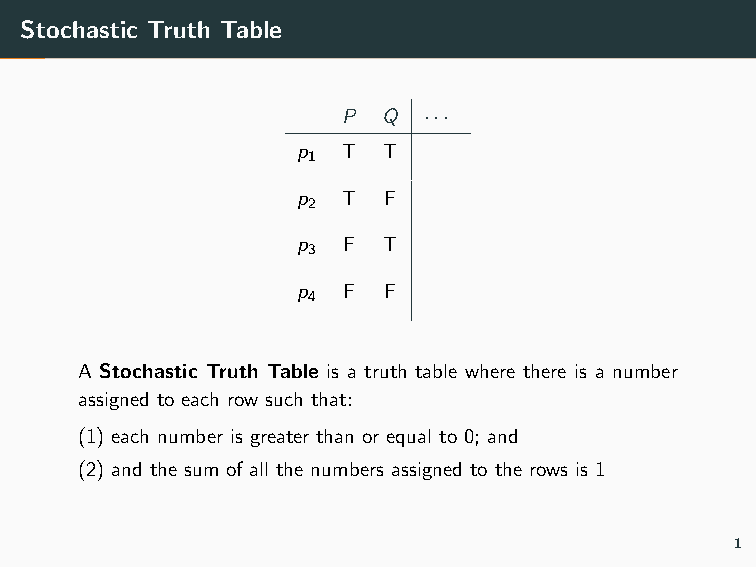
Stochastic Truth Table
 P Q  ···
 p  T T
 1
 p  T F
 2
 p  F T
 3
 p  F F
 4
 A Stochastic Truth Table is a truth table where there is a number
 assigned to each row such that:
 (1) each number is greater than or equal to 0; and
 (2) and the sum of all the numbers assigned to the rows is 1
 1